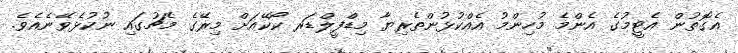
އެގޮތުން އެޓީމުގެ އެންމެ މުހިންމު އެއްކުޅުންތެރިޔާ މިޑްފީލްޑަރ ކޯކޭއަށް މިރޭގެ މެޗުގައި ނުކުޅެވޭނެއެވެ.